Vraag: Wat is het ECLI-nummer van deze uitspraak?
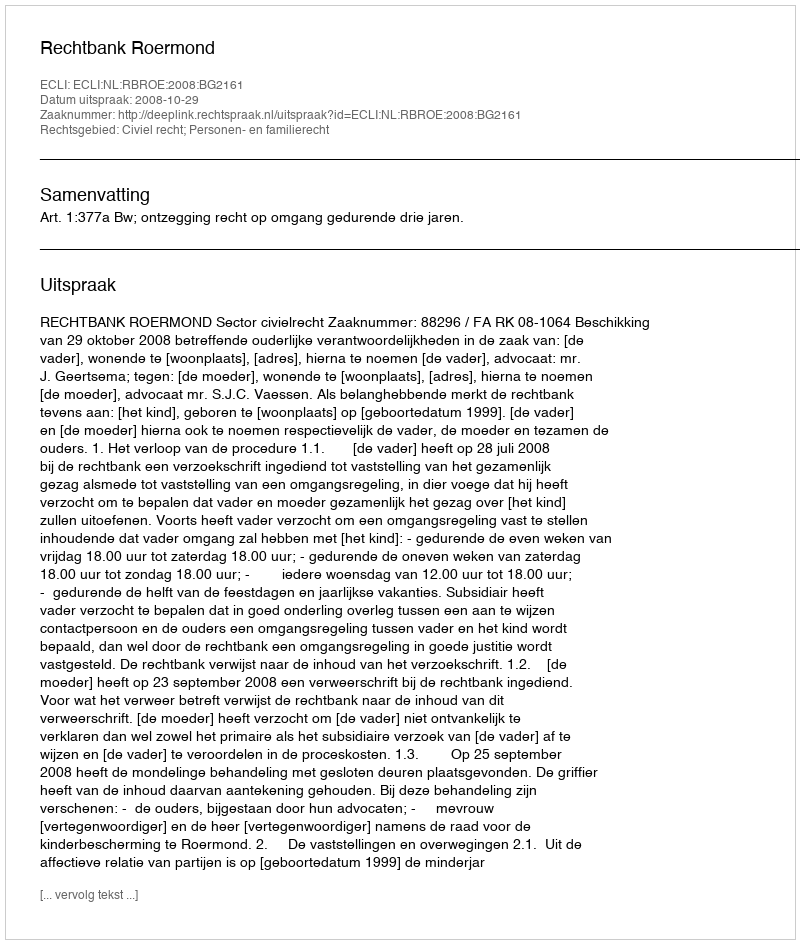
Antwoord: ECLI:NL:RBROE:2008:BG2161